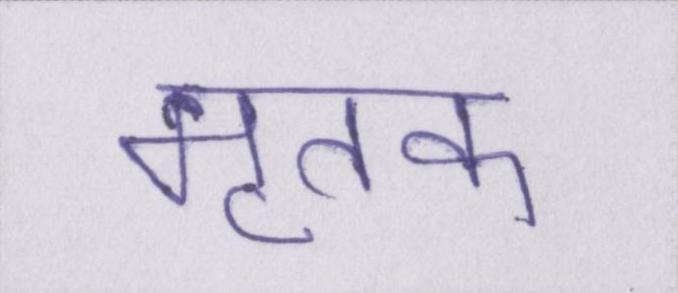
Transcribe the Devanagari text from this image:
मृतक